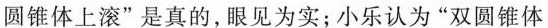
圆锥体上滚”是真的，眼见为实；小乐认为”双圆锥体